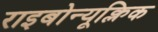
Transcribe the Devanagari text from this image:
राइबोन्यूक्लिक